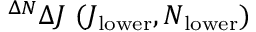
^ { \Delta N } \Delta J \ ( J _ { \mathrm { l o w e r } } , N _ { \mathrm { l o w e r } } )